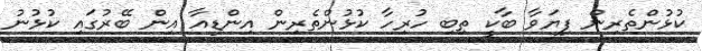
ކުޅުންތެރިން ފިޔަވާ ބާކީ ތިބި ހުރިހާ ކުޅުންތެރިން އިންޑިއާ އިން ބޭރުގައި ކުޅުނު